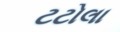
ટટોલા